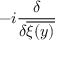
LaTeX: - i \frac { \delta } { \delta \overline { { { \xi ( y ) } } } }